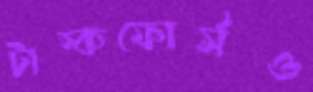
টাস্কফোর্সও